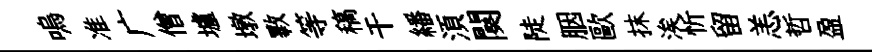
嗚准广僧壚墩斁等稿干繙湏闋陡胭歐抹涘忻留恙哲盈